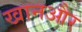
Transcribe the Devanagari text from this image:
खानऔर